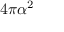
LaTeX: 4 \pi \alpha ^ { 2 }